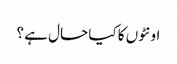
اونٹوں کا کیا حال ہے ؟